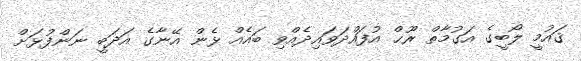
ޤައުމީ ލޯބީގެ އަގުމާތް ރޫޙް އުފައްދަވައިދެއްވި ބައެއް ޅެން އޭނާގެ އަދަބީ ނަންފުޅަށް